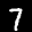
Label: 7